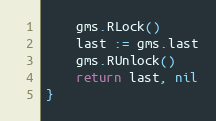
Language: Go
	gms.RLock()
	last := gms.last
	gms.RUnlock()
	return last, nil
}